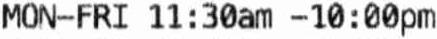
MON-FRI 11 : 30AM -10 : 00PM